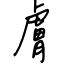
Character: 膚